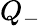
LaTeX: Q_{-}